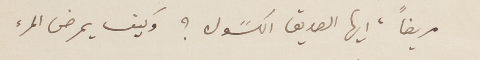
مريضاً، ايها الصديق الكسًول ؟ وكيف يمرض المرء